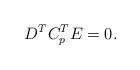
LaTeX: \begin{align*}D^TC_p^TE=0.\end{align*}